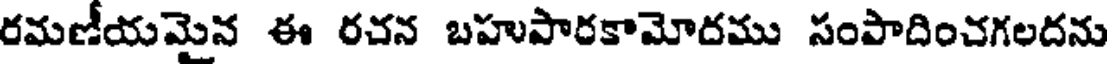
రమణీయమైన ఈ రచన బహుపారకామోదము సంపాదించగలదను